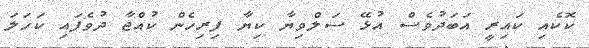
ކޮކެއި ކައިރީ އަބަދުވެސް އުޅޭ ސަލްވިޔާ ކިޔާ ފިރިހެން ކުއްޖާ ދުވެފައި ކަހަލަ